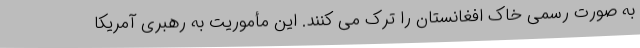
به صورت رسمی خاک افغانستان را ترک می کنند. این مأموریت به رهبری آمریکا